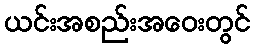
ယင်းအစည်းအဝေးတွင်